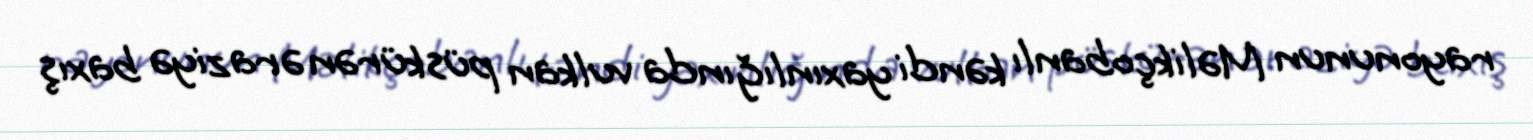
rayonunun Məlikçobanlı kəndi yaxınlığında vulkan püskürən əraziyə baxış